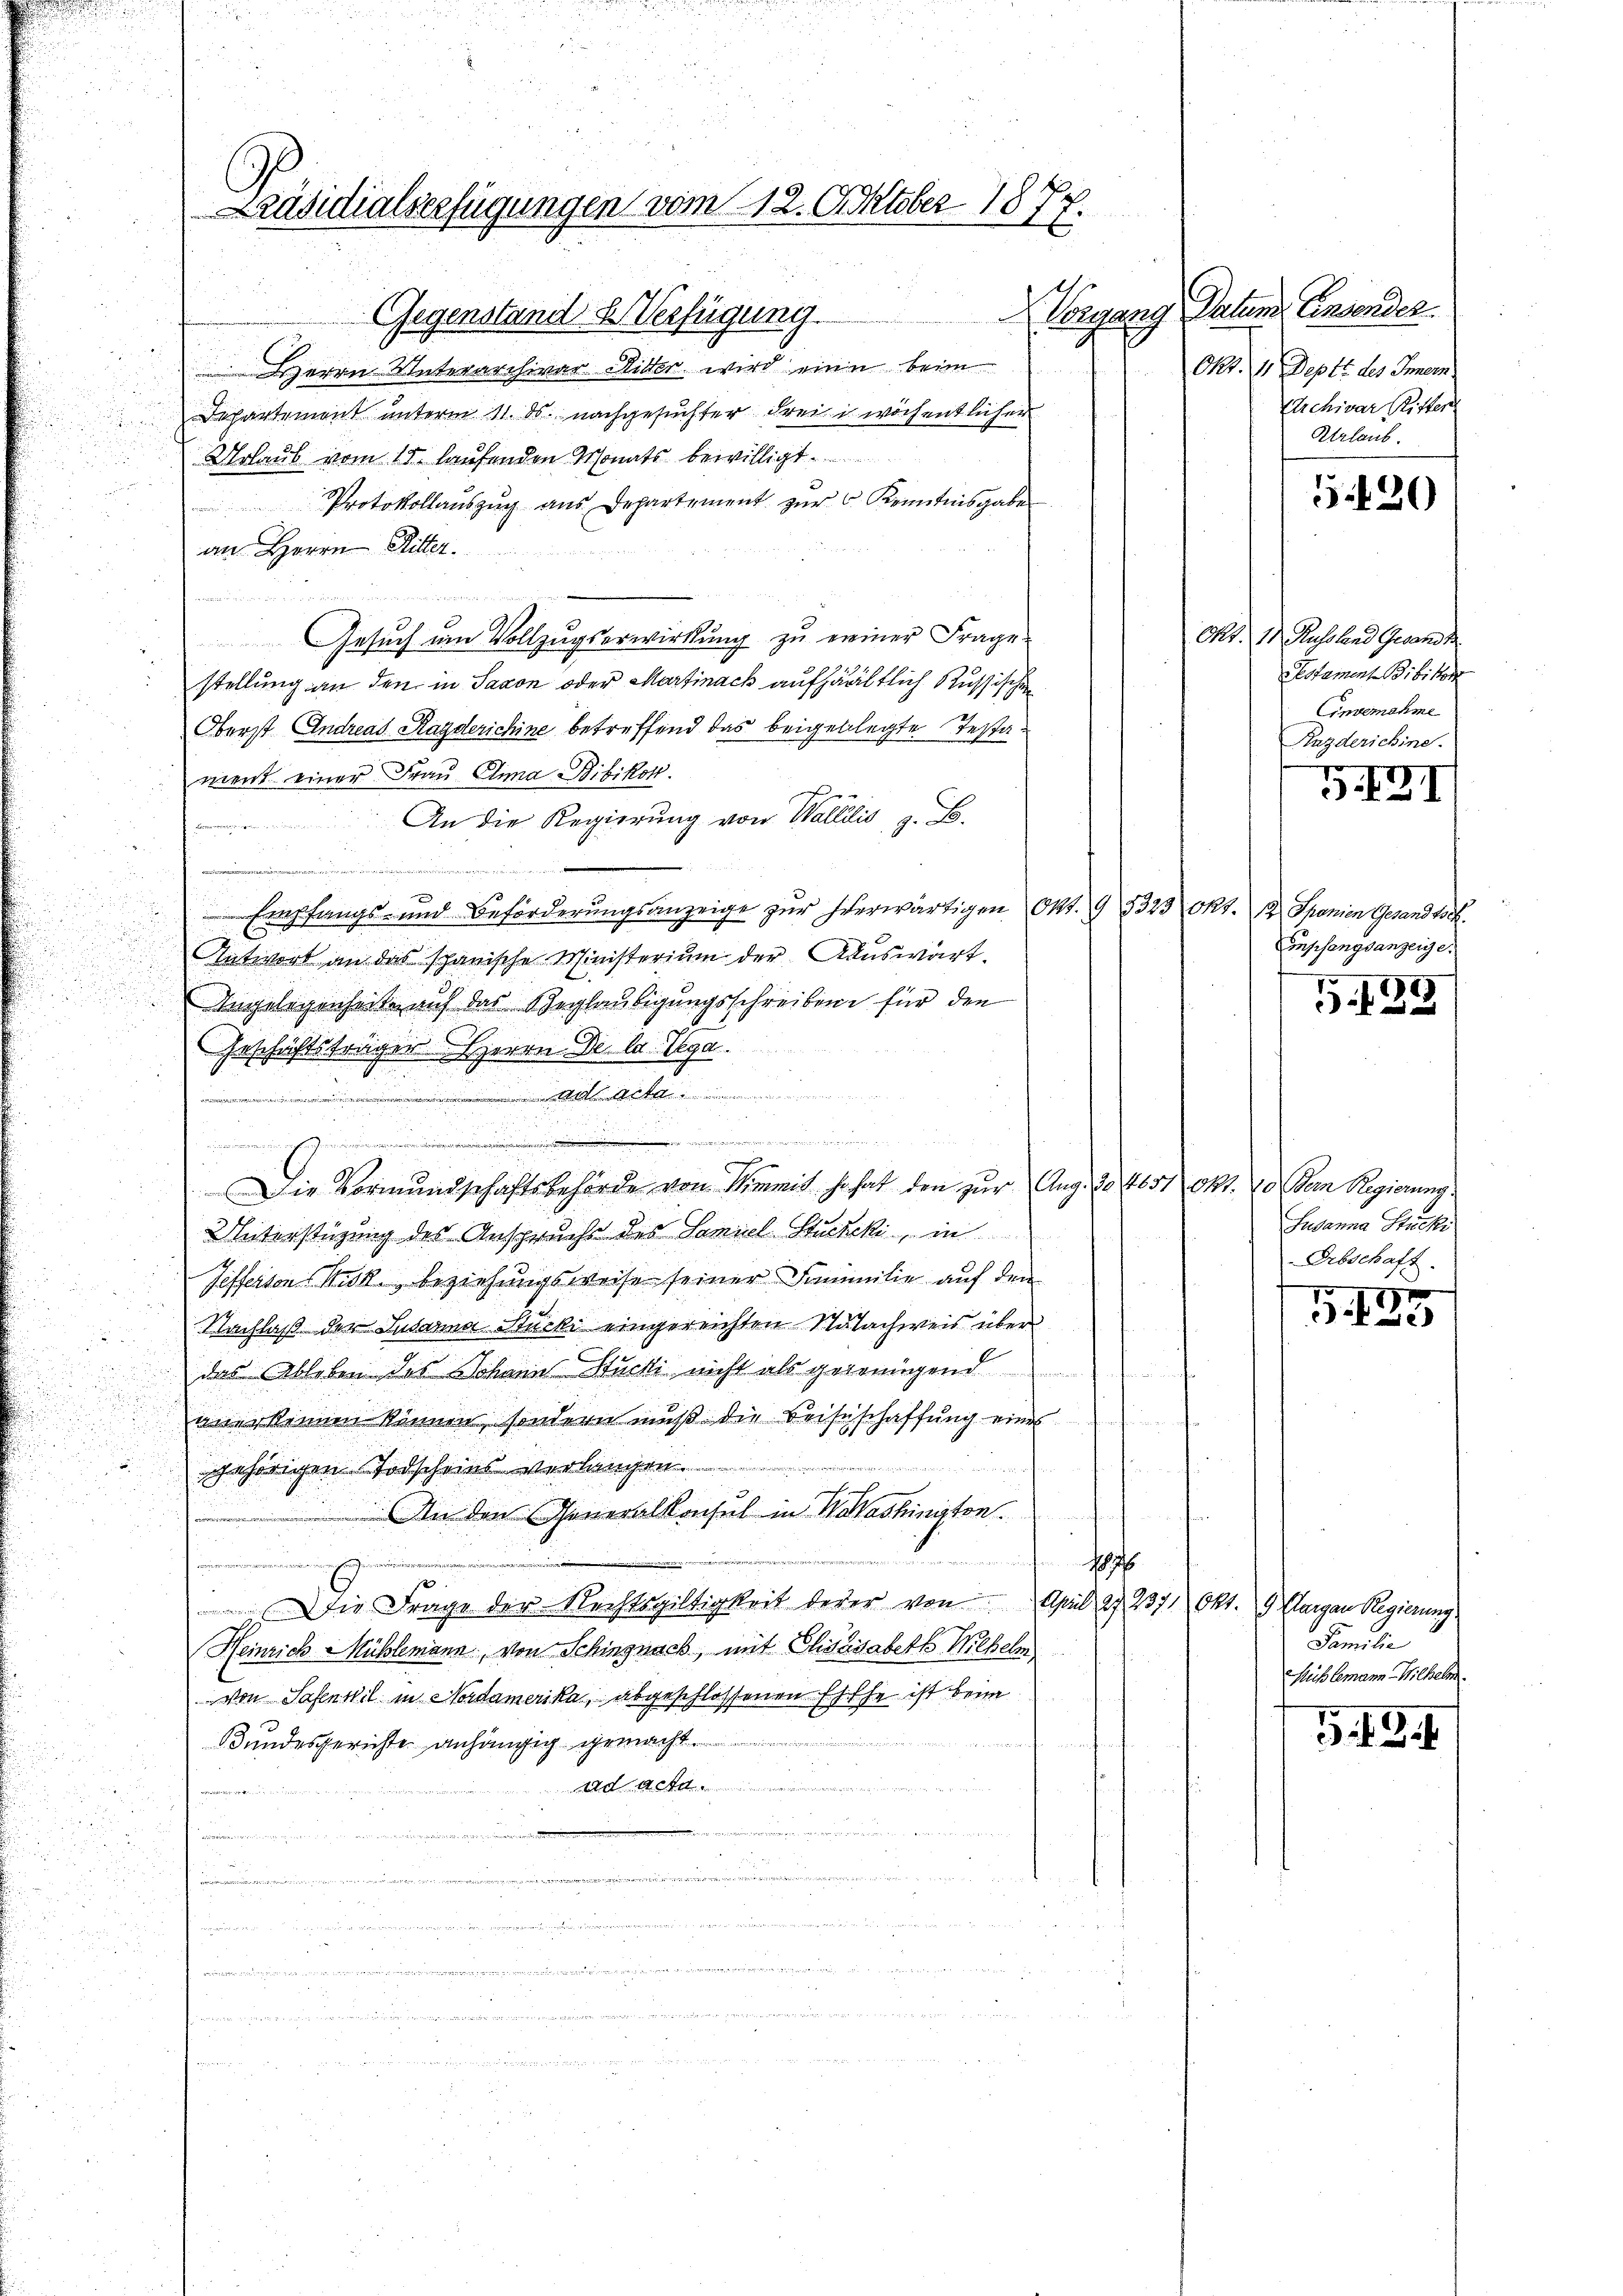
Gegenstand & Verfügung.
Herrn Unterarchivar Mitter wird eine beim
Departement unterm 11. ds. nachgesuchter drei in wöchentlicher
Urlaub vom 15. laufenden Monats bewilligt
Protokollaŭszŭg ans Departement zur Kenntnisgabe
an Herrn Ritter.

e
Gesuch ein Vollzugserwirkung zu ereiner Frage.
stellung an den in Saxon oder Martinach aufhältlich Russischen
Oberst Andreas Ragderichine betreffend das beigeklagte Testament einer Frau Anna Bibikon.
 An die Regierung von Wallilis, z. B.
ie Beginnt man der Beitrauungenieur seiner
Empfangs- und Beförderungsanzeige zur herwärtigen Okt. 1323
Antwort an das spanische Ministerium der Kauswärt
Angelegenheit auf das Beglaubigungsschreiben für den
Geschäftsträger Herrn De la lega
A
A.1444.

  ..
e
Die Vormundschaftsbehörde von Wimmit so hat den zur Aug. 30465.
Unterstüzung des Anspruche des Samuel Stucki, in
Teffertonik beziehungsweise seiner Familie auf den
Nachlaß der Susanna Stucki eingereichten Stutachweis über
das Ableben des Johann Stucki nicht als gegenügend
anerkennen können, sondern muß die Reiseschaffung eines
 14
ehörigen Todscheins verlangen
An den Generalkonsul in Maashinisten.

e

Die Frage der Rechtsgültigkeit jeder von April 27. 237.
Heinrich Mühlemann, von Schingnack, mit Elisasabeth Wilhelm.
von Safen wil in Nordamerika, abgeschlossenen Esthe ist beim
12
Bundesgerichte anhängig gemacht.
A
44
n

.
n
n
e
.
 2

Präsidialserfügungen vom 12. Oktober 18
.

Vorgang Datum Ansonder
Okt. 11. Deptt des Innen.
Archivar Ritter
Urlaub

520

Okt. 11. Russland Gesandt
Estament Bibikon
Einvernahme
Kazderichine.
g
II.

I

Okt. J. Spanien Gesandtsch.
Empfangsanzeige.

1
52

Okt. 10. Der Regierung
Susanna Stucki
Erbschaft.

G.125

Okt. 9 largau Regierung.
Familie
Mühlemann Wilhelm.

G. 19.